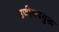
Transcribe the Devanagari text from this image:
उणीववयुक्त